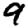
Digit: 9